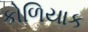
કોળિયાક